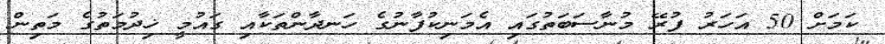
ކަމަށް 50 އަހަރު ފުރޭ މުނާސަބަތުގައި އެމަނިކުފާނުގެ ހަނދާންތަކާއި ގައުމީ ޚިދުމަތުގެ މަތިން